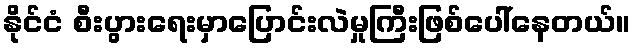
နိုင်ငံ စီးပွားရေးမှာပြောင်းလဲမှုကြီးဖြစ်ပေါ်နေတယ်။